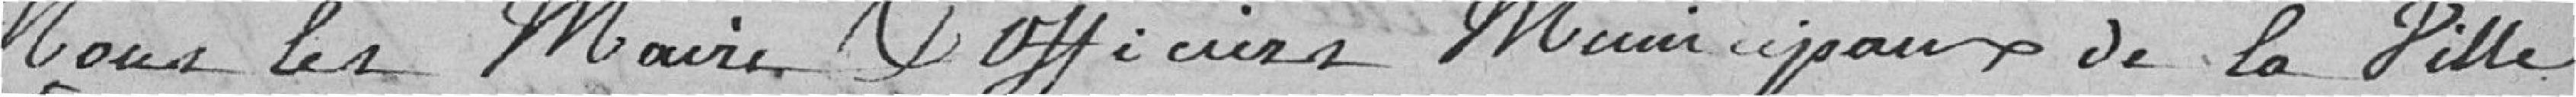
Nous les Maire, Officiers Municipaux de la ville